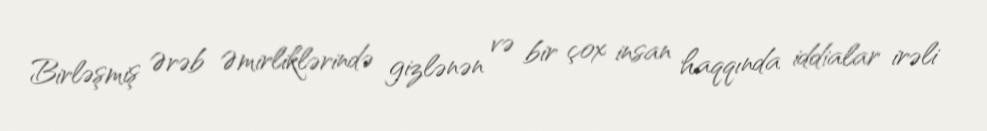
Birləşmiş Ərəb Əmirliklərində gizlənən və bir çox insan haqqında iddialar irəli